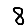
Digit: 8